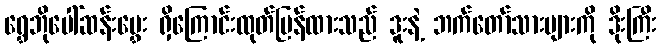
ရွှေဘိုပေါ်ဆန်းမွှေး ရှိကြောင်းထုတ်ပြန်ထားသည် ဒူးနဲ့ ဘက်တော်သားများကို ဒိုးကြီး